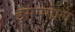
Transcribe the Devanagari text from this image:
इसपगोल